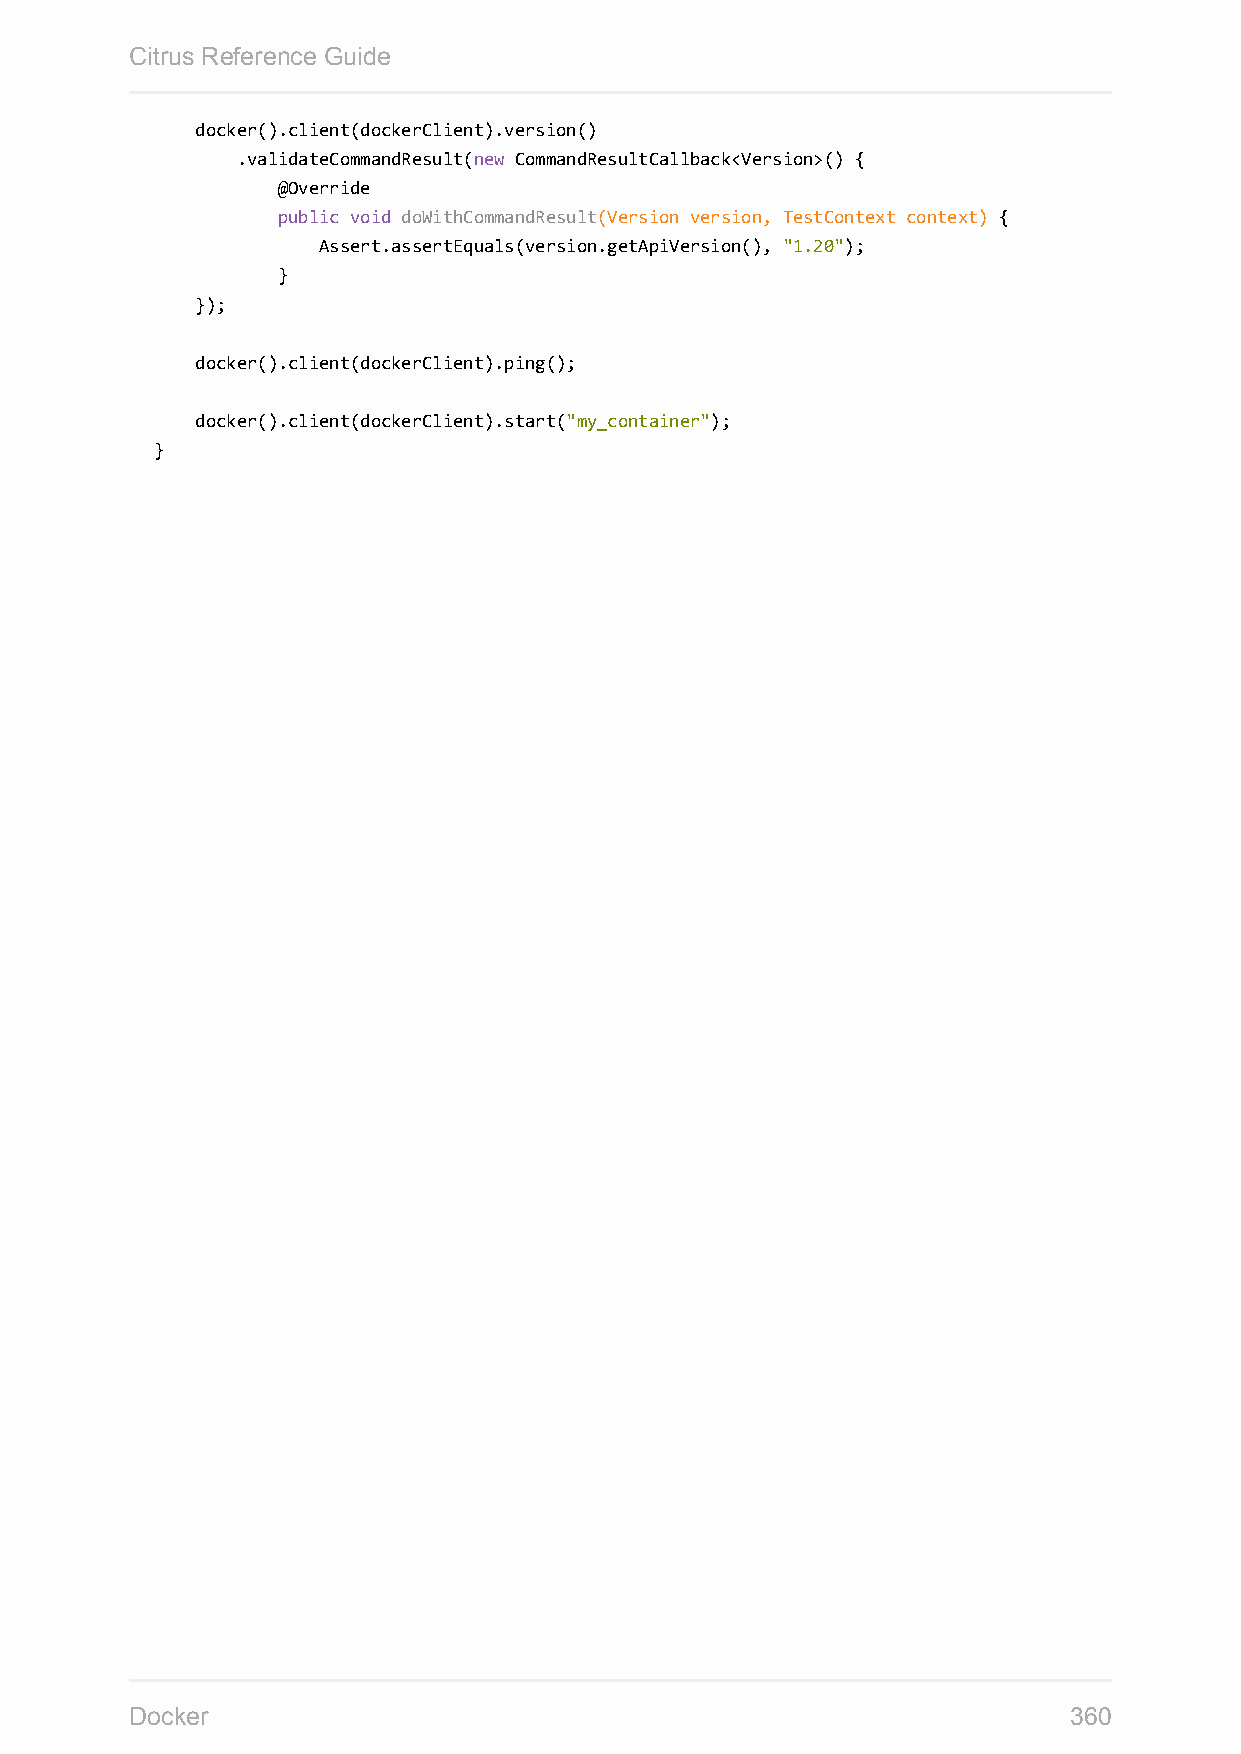
Citrus Reference Guide
 docker().client(dockerClient).version()
 .validateCommandResult(new CommandResultCallback<Version>() {
 @Override
 public void doWithCommandResult(Version version, TestContext context) {
 Assert.assertEquals(version.getApiVersion(), "1.20");
 }
 });
 docker().client(dockerClient).ping();
 docker().client(dockerClient).start("my_container");
 }
 Docker                                                        360